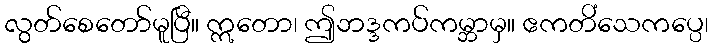
လွတ်စေတော်မူပြီ။ ဣတော၊ ဤဘဒ္ဒကပ်ကမ္ဘာမှ။ ဧကတိံသေကပ္ပေ၊